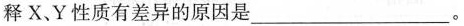
释X、Y性质有差异的原因是_____。